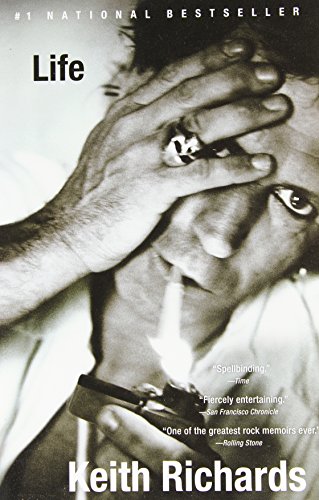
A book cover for Life; Keith Richards; Humor & Entertainment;